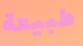
طبيعة